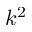
k ^ { 2 }